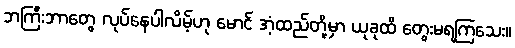
ဘကြီးဘာတွေ လုပ်နေပါလိမ့်ဟု မောင် အံ့ထည်တို့မှာ ယုခုထိ တွေးမရကြသေး။